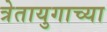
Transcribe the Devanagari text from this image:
त्रेतायुगाच्या